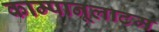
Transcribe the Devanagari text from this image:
काम्पानूलाटम